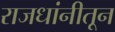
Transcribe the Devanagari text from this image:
राजधांनीतून